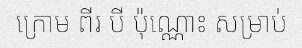
ក្រោម ពីរ បី ប៉ុណ្ណោះ សម្រាប់